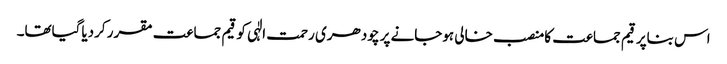
اس بناپر قیم جماعت کامنصب خالی ہوجانے پر چودھری رحمت الٰہی کو قیم جماعت مقرر کردیاگیاتھا۔